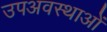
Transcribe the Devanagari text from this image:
उपअवस्थाओं